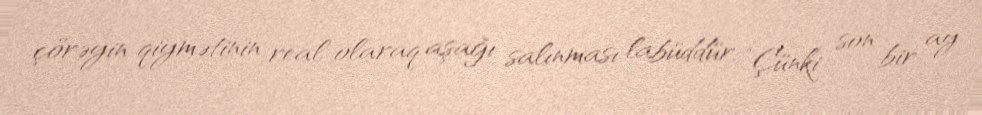
çörəyin qiymətinin real olaraq aşağı salınması labüddür: “Çünki son bir ay